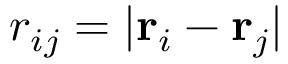
r _ { i j } = | \mathbf { r } _ { i } - \mathbf { r } _ { j } |